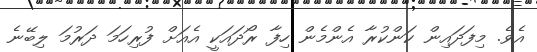
އެވެ. މިފަދައިން ކަންކުރާ އެންމެން ހިފާ ރޯދައަކީ އެއަށް ފުރިހަމަ ދަރުމަ ލިބޭނެ